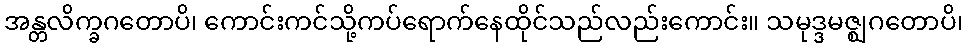
အန္တလိက္ခဂတောပိ၊ ကောင်းကင်သို့ကပ်ရောက်နေထိုင်သည်လည်းကောင်း။ သမုဒ္ဒမဇ္ဈဂတောပိ၊